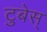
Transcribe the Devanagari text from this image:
टुबेस्